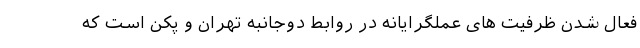
فعال شدنِ ظرفیت های عملگرایانه در روابط دوجانبه تهران و پکن است که